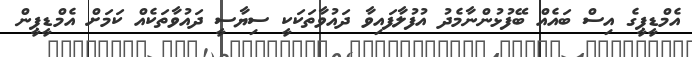
އެމްޑީޕީގެ އިސް ބައެއް ބޭފުޅުންނާމެދު އުފުލާފައިވާ ދައުވާތަކަކީ ސިޔާސީ ދައުވާތަކެއް ކަމަށް އެމްޑީޕީން